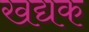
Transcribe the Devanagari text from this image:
खद्यक